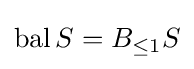
\operatorname {bal} S=B_{\leq 1}S